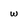
Character: w